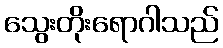
သွေးတိုးရောဂါသည်